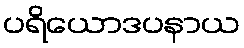
ပရိယောဒပနာယ